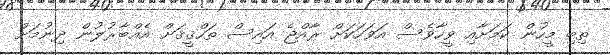
ތިބި މީހުން ކަމަށާއި ވީހާވެސް އަވަހަކަށް ރާއްޖެ އައިސް ތަހްޤީޤަށް އެއްބާރުލުން ދިނުމަށް